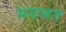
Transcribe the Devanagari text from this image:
भयभत